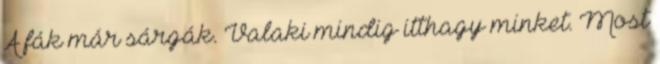
A fák már sárgák. Valaki mindig itthagy minket. Most